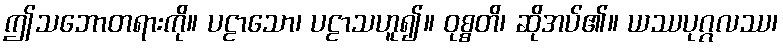
ဤသဘောတရားကို။ ပဠာသော၊ ပဠာသဟူ၍။ ဝုစ္စတိ၊ ဆိုအပ်၏။ ယဿပုဂ္ဂလဿ၊